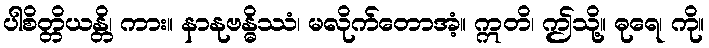
ပါစိတ္တိယန္တိ၊ ကား။ နာနုဗန္ဓိဿံ၊ မလိုက်တောအံ့။ ဣတိ၊ ဤသို့။ ဓုရေ၊ ကို။